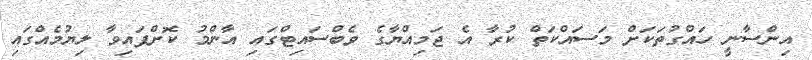
އިންސާނީ ހައްގުތަކަށް މަސައްކަތް ކުރާ އެ ޖަމިއްޔާގެ ވެބްސައިޓްގައި އާންމު ކޮށްފައިވާ ލިޔުމެއްގައި